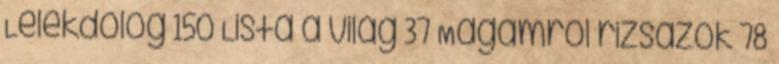
Lélekdolog 150 Lista a világ 37 Magamról rizsázok 78